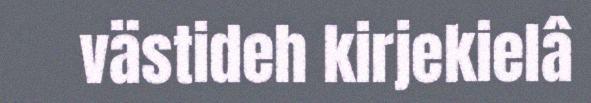
västideh kirjekielâ